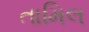
તામિલ